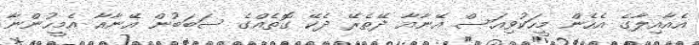
އެއާއިލާގެ އެހެން މީހަކުވިއަސް އޭނާއާ ދޭތެރޭ ދެކޭ ގޮތެއްގެ ސަބަބުން އޭނާއާ އެމީހުންނާ